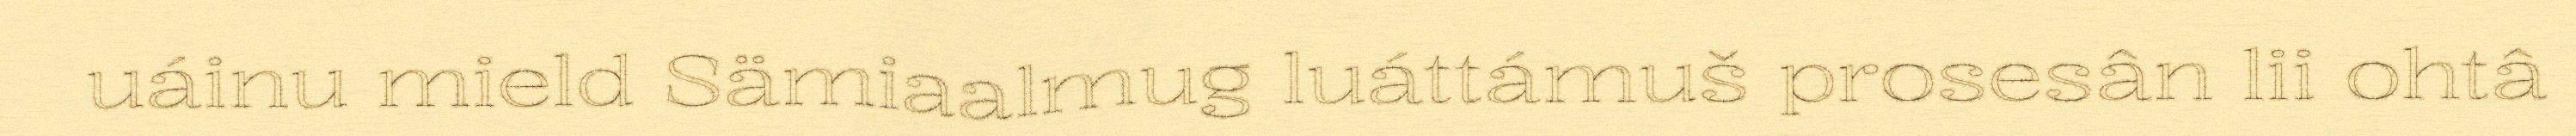
uáinu mield Sämiaalmug luáttámuš prosesân lii ohtâ